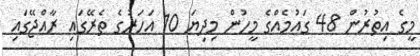
މީގެ އިތުރުން 48 ގައުމެއްގެ މީހުން މިދިޔަ 10 އަހަރުގެ ތެރޭގައި ރާއްޖޭގައި